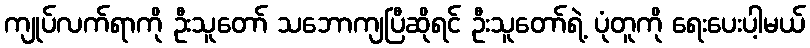
ကျုပ်လက်ရာကို ဦးသူတော် သဘောကျပြီဆိုရင် ဦးသူတော်ရဲ့ ပုံတူကို ရေးပေးပါ့မယ်